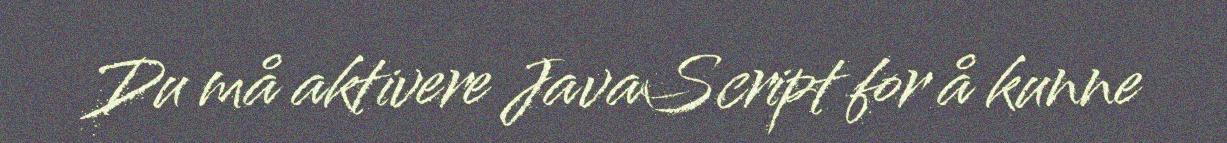
Du må aktivere JavaScript for å kunne